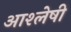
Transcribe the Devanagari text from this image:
आश्लेषी